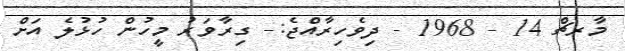
މާރޗް 14 - 1968 - ދިވެހިރާއްޖެ:- ގިރާވަރު މީހުން ހުޅުލެ އަށް